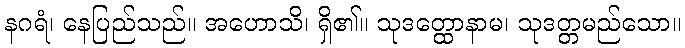
နဂရံ၊ နေပြည်သည်။ အဟောသိ၊ ရှိ၏။ သုဒတ္ထောနာမ၊ သုဒတ္တမည်သော။